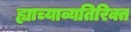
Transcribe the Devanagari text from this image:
ह्याच्याव्यतिरिक्त